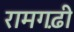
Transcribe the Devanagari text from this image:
रामगढ़ी